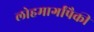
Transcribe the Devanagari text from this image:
लोहमार्गांपैकी